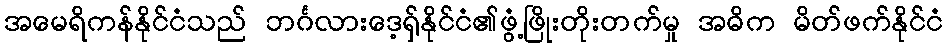
အမေရိကန်နိုင်ငံသည် ဘင်္ဂလားဒေ့ရှ်နိုင်ငံ၏ဖွံ့ဖြိုးတိုးတက်မှု အဓိက မိတ်ဖက်နိုင်ငံ